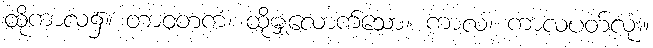
ထိုကာလ၌။ တာဝတကံ၊ ထိုမျှလောက်သော။ ကာလံ၊ ကာလပတ်လုံး။